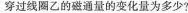
穿过线圈乙的磁通量的变化量为多少：